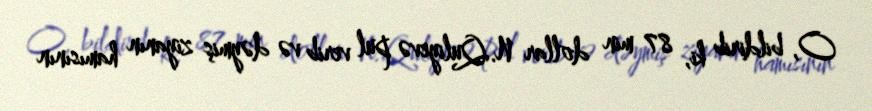
O, bildirib ki, 87 min dollar N.Quliyevə pul verib və dəymiş ziyanın hamısının